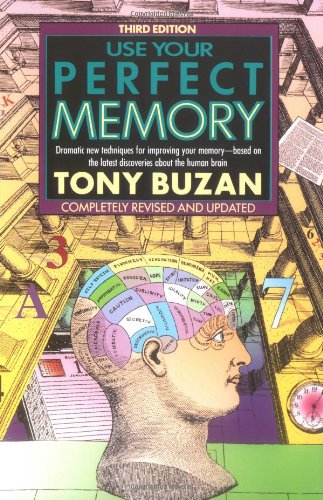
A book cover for Use Your Perfect Memory: Dramatic New Techniques for Improving Your Memory; Third Edition (Plume); Tony Buzan; Self-Help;